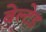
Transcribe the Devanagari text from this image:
बेल्टेड